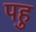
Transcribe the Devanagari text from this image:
पहु